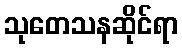
သုတေသနဆိုင်ရာ